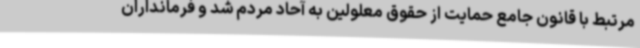
مرتبط با قانون جامع حمایت از حقوق معلولین به آحاد مردم شد و فرمانداران